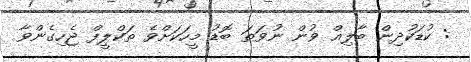
: ކުޑަކުދިން ބާލިޣް ވުން ނުވަތަ ބޮޑު މީހަކަށްވެ ތަކްލީފް ޖެހިގެންވާ